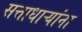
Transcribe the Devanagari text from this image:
सत्ताधाऱ्यांना